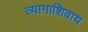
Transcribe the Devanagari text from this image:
त्यागाशिवाय